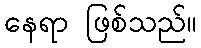
နေရာ ဖြစ်သည်။